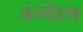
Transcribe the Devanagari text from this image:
अंगोछा